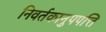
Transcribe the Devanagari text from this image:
निवर्तकानुपपत्ति